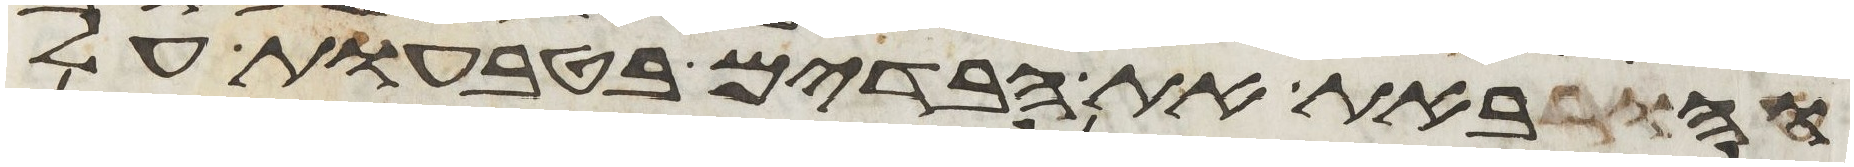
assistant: והבאת את הבדים בטבעות על